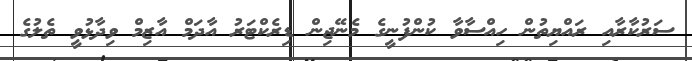
ސަރުކާރާއި ރައްޔިތުން ހިއްސާވާ ކުންފުނީގެ މެނޭޖިން ޑިރެކްޓަރު އާދަމް އާޒިމް ވިދާޅުވީ ތެލުގެ